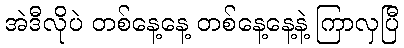
အဲဒီလိုပဲ တစ်နေ့နေ့ တစ်နေ့နေ့နဲ့ ကြာလှပြီ